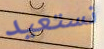
نستعيد